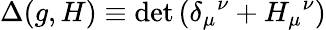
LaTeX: \Delta(g,H)\equiv\operatorname*{det}{\left(\delta_{\mu}{}^{\nu}+H_{\mu}{}^{\nu}\right)}